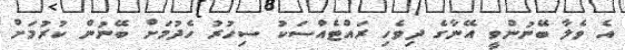
އެ ވެލާ ބޭނުންވީ އޭނާގެ ދިވެހި ރައްޓެއްސަކު ސިހުރު ހެދުމަށް ބޭނުން ކުރުމަށް